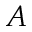
A